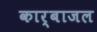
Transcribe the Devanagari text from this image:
कार्बाजल